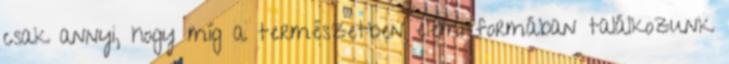
csak annyi, hogy míg a természetben elemi formában találkozunk